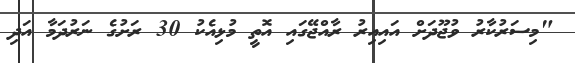
"މިސަރުކާރު ވުޖޫދަށް އައިއިރު ރާއްޖޭގައި އޮތީ މުޅިއެކު 30 ރަށުގެ ނަރުދަމާ އަދި